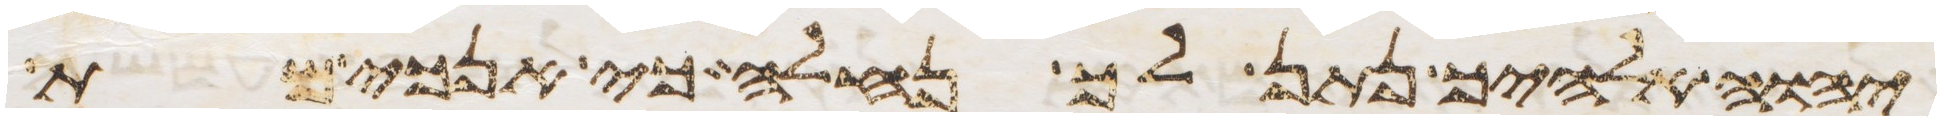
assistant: יהוה אלהיך נתן לך נחלה כי אנכי מת